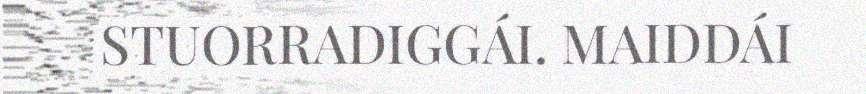
STUORRADIGGÁI. MAIDDÁI